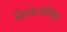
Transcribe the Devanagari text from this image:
विज्ञानमिक्षु